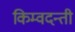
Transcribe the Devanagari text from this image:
किम्वदन्ती